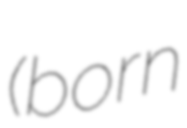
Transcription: (born